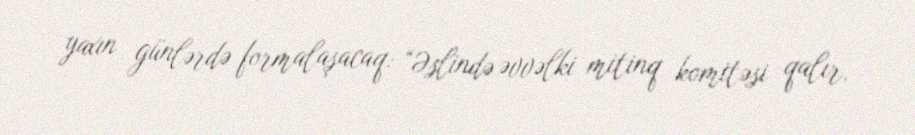
yaxın günlərdə formalaşacaq: “Əslində əvvəlki mitinq komitəsi qalır.